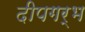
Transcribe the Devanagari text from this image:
दीपगर्भ